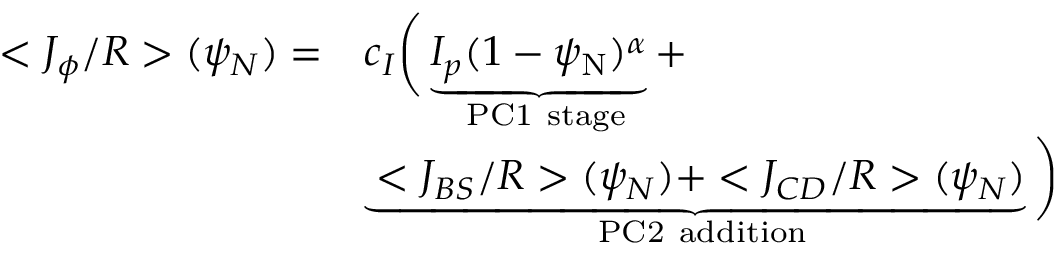
\begin{array} { r l } { < J _ { \phi } / R > ( \psi _ { N } ) = } & { c _ { I } \bigg ( \underbrace { I _ { p } ( 1 - \psi _ { \mathrm { N } } ) ^ { \alpha } } _ { \mathrm { \normalfont ~ P C 1 ~ s t a g e } } + } \\ & { \underbrace { < J _ { B S } / R > ( \psi _ { N } ) + < J _ { C D } / R > ( \psi _ { N } ) } _ { \mathrm { \normalfont ~ P C 2 ~ a d d i t i o n } } \bigg ) } \end{array}